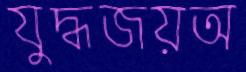
যুদ্ধজয়অ